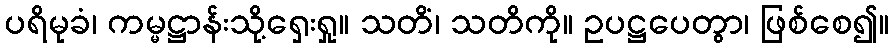
ပရိမုခံ၊ ကမ္မဋ္ဌာန်းသို့ရှေးရှု။ သတိံ၊ သတိကို။ ဥပဋ္ဌပေတွာ၊ ဖြစ်စေ၍။